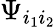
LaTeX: \Psi_{i_{1}i_{2}}